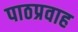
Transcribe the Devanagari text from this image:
पाठप्रवाह